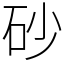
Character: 砂